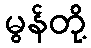
မွန်တို့